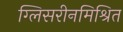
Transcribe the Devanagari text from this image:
ग्लिसरीनमिश्रित